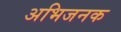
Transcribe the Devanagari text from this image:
अभिजनक